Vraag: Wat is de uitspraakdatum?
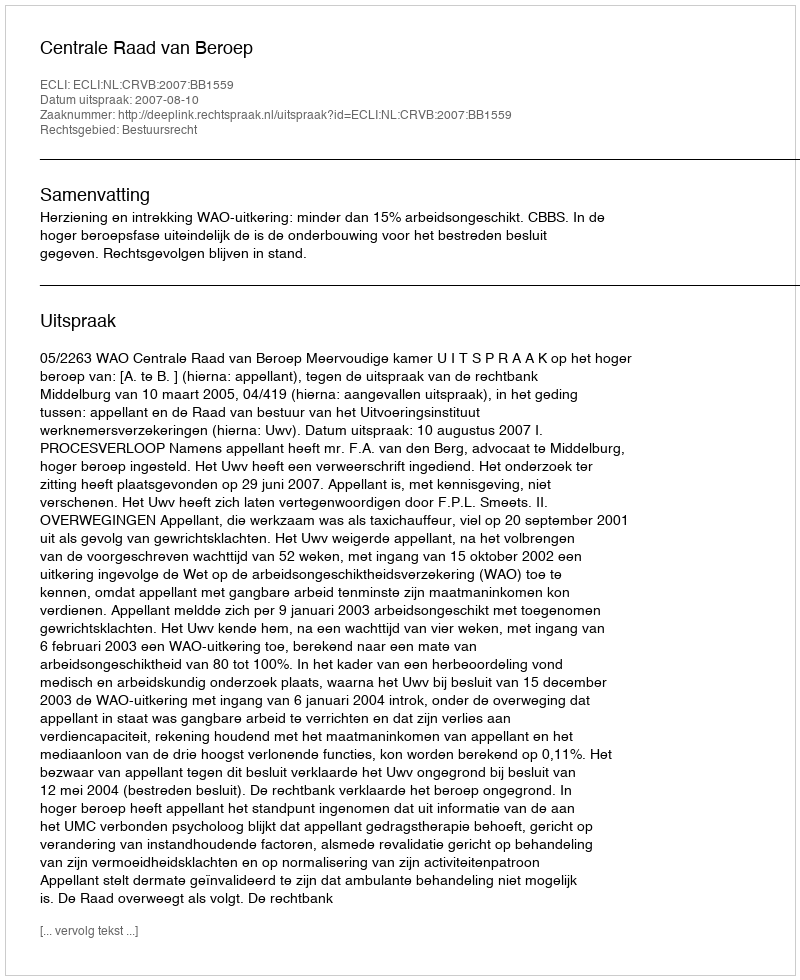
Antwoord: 2007-08-10